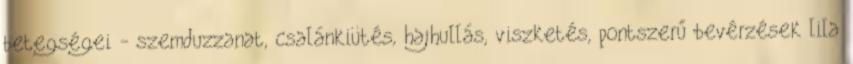
betegségei - szemduzzanat, csalánkiütés, hajhullás, viszketés, pontszerű bevérzések lila